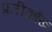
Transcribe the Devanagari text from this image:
प्रतीकोंख्‍